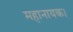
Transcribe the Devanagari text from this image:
महानायक।